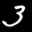
Label: 3